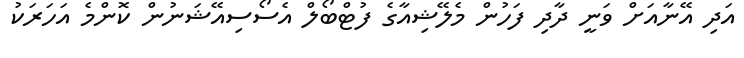
އަދި އޭނާއަށް ވަނީ ދާދި ފަހުން މެލޭޝިއާގެ ފުޓްބޯލް އެސޯސިއޭޝަނުން ކޮންމެ އަހަރަކު